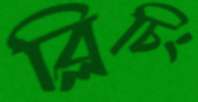
ব্লিচিং